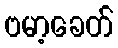
ဗမာ့ခေတ်